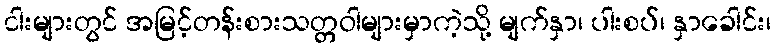
ငါးများတွင် အမြင့်တန်းစားသတ္တဝါများမှာကဲ့သို့ မျက်နှာ၊ ပါးစပ်၊ နှာခေါင်း၊